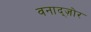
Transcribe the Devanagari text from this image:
वनाद्ज़ोर